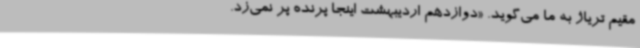
مقیم تریاژ به ما می‌گوید. «دوازدهم اردیبهشت اینجا پرنده پر نمی‌زد.